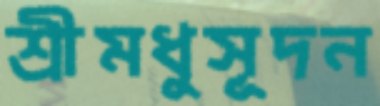
শ্রীমধুসূদন